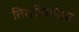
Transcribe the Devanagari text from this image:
तिसरीपर्यंतच